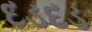
દડદડ